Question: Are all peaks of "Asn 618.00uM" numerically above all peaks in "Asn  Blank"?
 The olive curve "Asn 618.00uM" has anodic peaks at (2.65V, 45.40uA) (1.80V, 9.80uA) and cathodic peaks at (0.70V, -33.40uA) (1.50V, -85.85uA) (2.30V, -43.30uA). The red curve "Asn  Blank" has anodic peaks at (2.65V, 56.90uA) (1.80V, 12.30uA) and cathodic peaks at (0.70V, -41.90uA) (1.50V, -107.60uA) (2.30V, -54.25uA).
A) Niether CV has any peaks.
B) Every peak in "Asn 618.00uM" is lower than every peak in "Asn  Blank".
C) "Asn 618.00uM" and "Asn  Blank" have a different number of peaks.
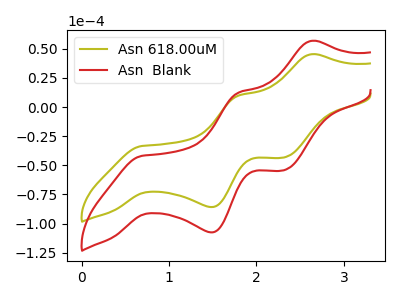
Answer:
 <answer>B) Every peak in "Asn 618.00uM" is lower than every peak in "Asn  Blank".</answer>
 <eval>B</eval>